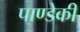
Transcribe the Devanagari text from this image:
पाण्डेकी